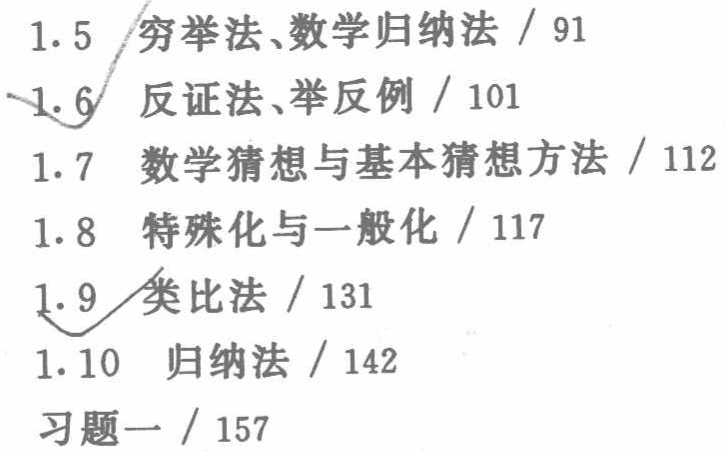
1.5 穷举法、数学归纳法 / 91
1.6 反证法、举反例 / 101
1.7 数学猜想与基本猜想方法 / 112
1.8 特殊化与一般化 / 117
1.9 类比法 / 131
1.10 归纳法 / 142
习题一 / 157